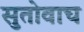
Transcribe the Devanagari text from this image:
सुतोवाच